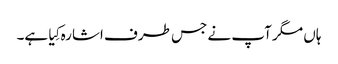
ہاں مگر آپ نے جس طرف اشارہ کِیا ہے۔